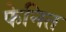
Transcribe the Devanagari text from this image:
फेनित